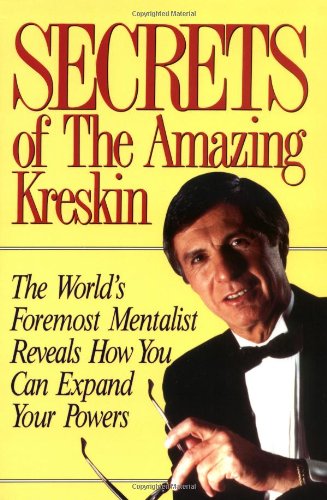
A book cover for Secrets of the Amazing Kreskin; Amazing Kreskin; Humor & Entertainment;